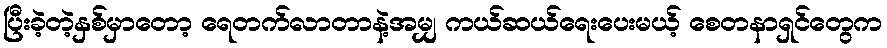
ပြီးခဲ့တဲ့နှစ်မှာတော့ ရေတက်လာတာနဲ့အမျှ ကယ်ဆယ်ရေးပေးမယ့် စေတနာရှင်တွေက